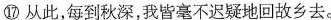
⑰从此，每到秋深，我皆毫不迟疑地回故乡去。